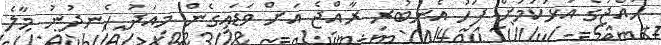
ހައްޖުގެ އަޅުކަމަށް ފަހު އެނބުރި ރާއްޖެ އަށް ވަޑައިގެން މިއަދު ހެނދުނު މާލެ